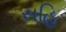
સહિ